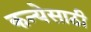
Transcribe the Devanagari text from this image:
कन्येसाठी